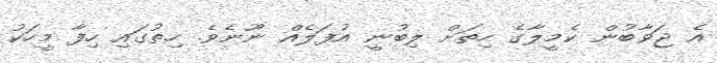
އެ ޖަވާބުން ކެމީލާގެ ހިތަށް ލިބުނީ އުފަލެއް ނޫނެވެ. ހިތުގައި ހިފާ މީހަކު